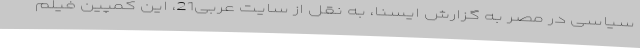
سیاسی در مصر به گزارش ایسنا، به نقل از سایت عربی21، این کمپین فیلم